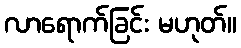
လာရောက်ခြင်း မဟုတ်။